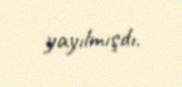
yayılmışdı.